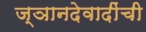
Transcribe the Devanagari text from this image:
ज्ञानदेवादींची